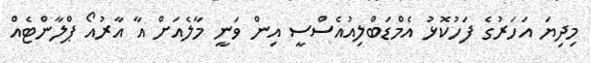
މިދިޔަ އަހަރުގެ ފަހުކޮޅު އެމްޑަބްލިއުއެސްސީ އިން ވަނީ މާލެއަށް އާ އާރުއޯ ޕްލާންޓެއް